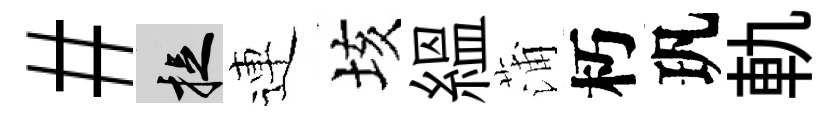
#捉連垓緼蒲朽㺬軌